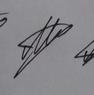
Signature authenticity: genuine